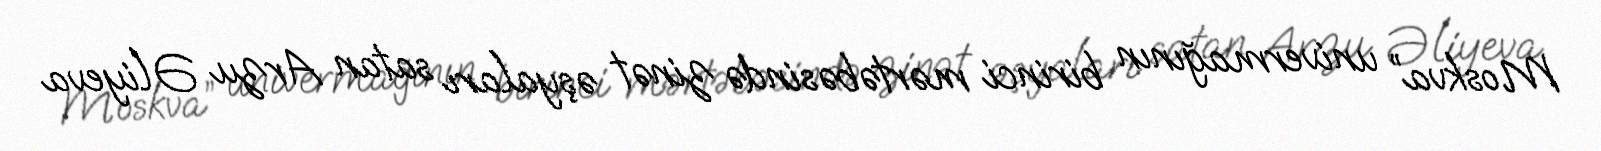
Moskva” univermağının birinci mərtəbəsində zinət əşyaları satan Arzu Əliyeva